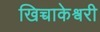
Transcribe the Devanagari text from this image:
खिच्चाकेश्वरी